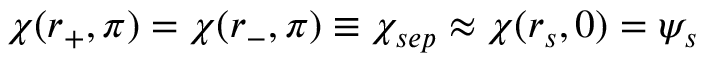
\chi ( r _ { + } , \pi ) = \chi ( r _ { - } , \pi ) \equiv \chi _ { s e p } \approx \chi ( r _ { s } , 0 ) = \psi _ { s }